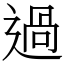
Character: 過